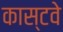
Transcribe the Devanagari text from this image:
कास्टवे